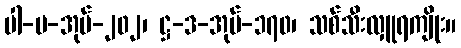
ပါ-ပ-အုပ်-၂၀၂၊ ဋ္ဌ-ဒ-အုပ်-၁၇၀၊ သစ်သီးလှူရကျိုး။